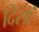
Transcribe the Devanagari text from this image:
दिसां